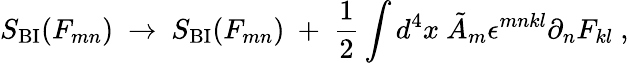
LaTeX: S_{\mathrm{BI}}(F_{mn})\ \rightarrow\ S_{\mathrm{BI}}(F_{mn})\ +\ {\frac{1}{2}}\int d^{4}x\ \tilde{A}_{m}\epsilon^{mnkl}\partial_{n}F_{kl}\ ,